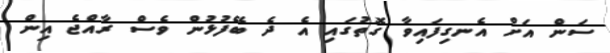
ސަން އަށް އެނގިފައިވާ ގޮތުގައި އެ ދެ ބޭފުޅުން ވެސް ރާއްޖެ އިން